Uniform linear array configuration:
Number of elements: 32
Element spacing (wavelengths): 0.75
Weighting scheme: blackman
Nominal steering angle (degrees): -60
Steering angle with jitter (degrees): -58.889
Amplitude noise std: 0.05
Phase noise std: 0.05

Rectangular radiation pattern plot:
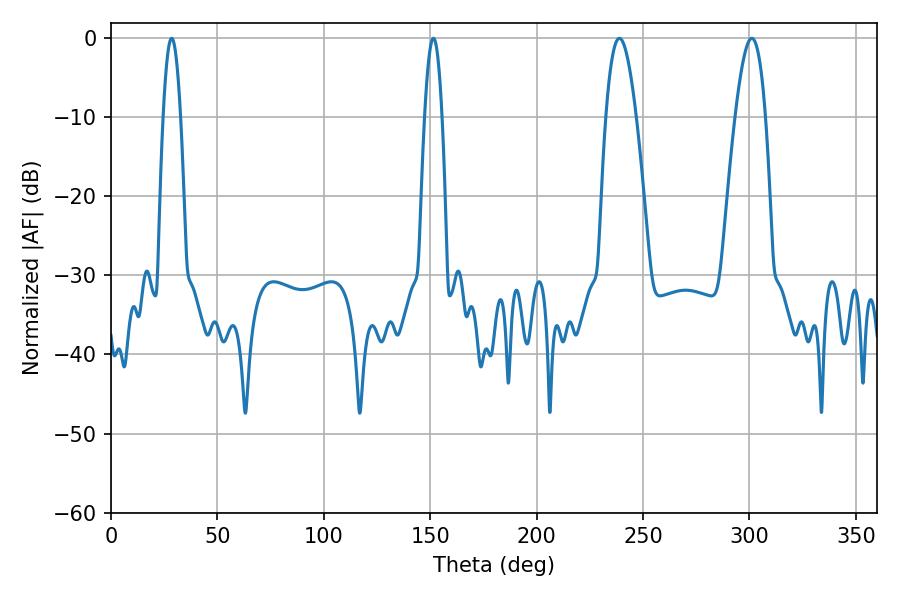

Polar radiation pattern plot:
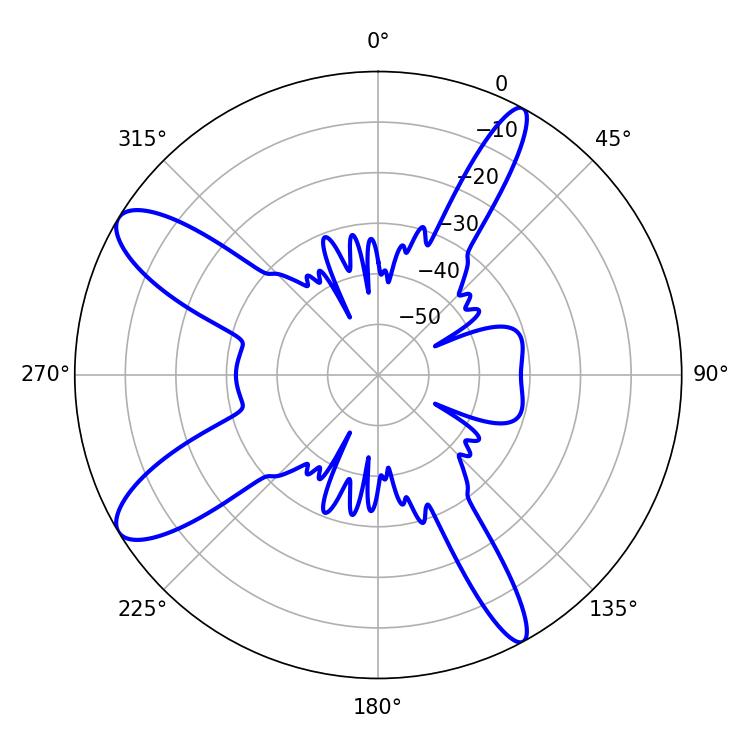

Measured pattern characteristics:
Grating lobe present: TRUE
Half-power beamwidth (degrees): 7.74
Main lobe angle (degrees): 301.14